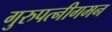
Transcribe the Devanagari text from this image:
गुरुपत्नीगमन